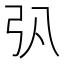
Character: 𢎬